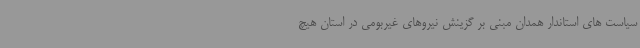
سیاست های استاندار همدان مبنی بر گزینش نیروهای غیربومی در استان هیچ